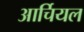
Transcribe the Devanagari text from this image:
आर्चियल